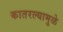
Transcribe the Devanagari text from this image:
कातरल्यामुळे